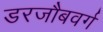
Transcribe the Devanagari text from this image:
डरजौबवर्ग